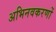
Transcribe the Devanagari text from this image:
अभिनवकरणों